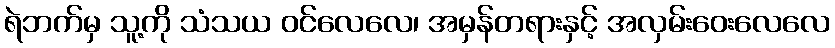
ရဲဘက်မှ သူ့ကို သံသယ ဝင်လေလေ၊ အမှန်တရားနှင့် အလှမ်းဝေးလေလေ